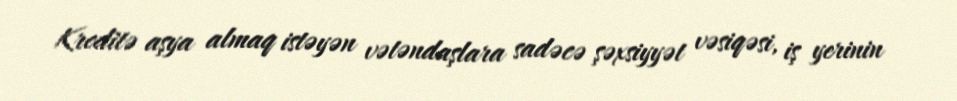
Kreditə aşya almaq istəyən vətəndaşlara sadəcə şəxsiyyət vəsiqəsi, iş yerinin